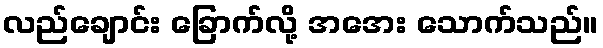
လည်ချောင်း ခြောက်လို့ အအေး သောက်သည်။